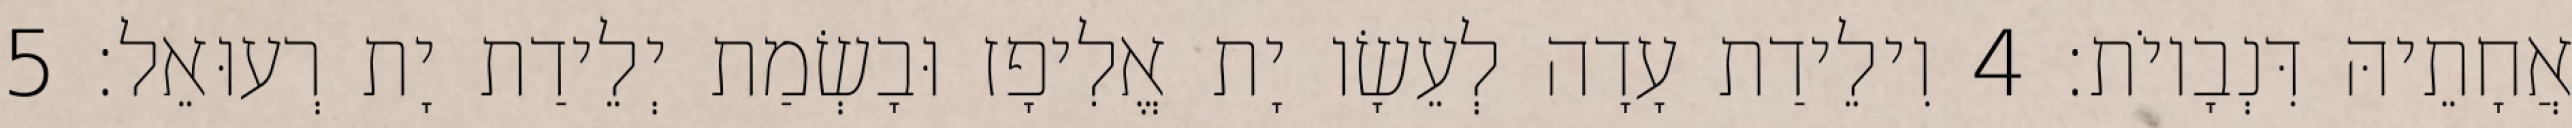
אֲחָתֵיהּ דִּנְבָיוֹת׃ 4 וִילֵידַת עָדָה לְעֵשָׂו יָת אֱלִיפָז וּבָשְׂמַת יְלֵידַת יָת רְעוּאֵל׃ 5